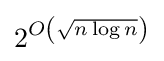
2^{O\left({\sqrt {n\log n}}\right)}